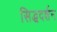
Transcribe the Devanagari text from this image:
सिद्धदर्शन